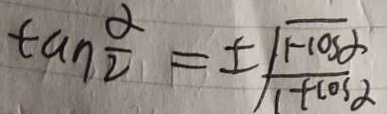
\tan \frac { \alpha } { 2 } = \pm \sqrt { \frac { 1 - \cos \alpha } { 1 + \cos \alpha } }